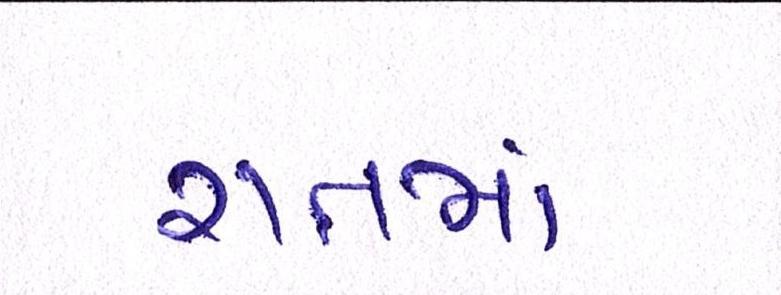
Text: રાતમાં